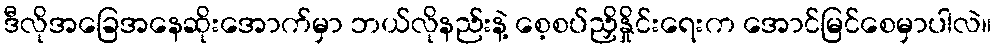
ဒီလိုအခြေအနေဆိုးအောက်မှာ ဘယ်လိုနည်းနဲ့ စေ့စပ်ညှိနှိုင်းရေးက အောင်မြင်စေမှာပါလဲ။